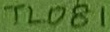
Text: TL081